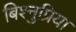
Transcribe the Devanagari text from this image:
बिश्नुप्रिया